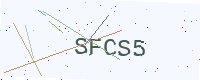
Text: SFCS5